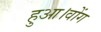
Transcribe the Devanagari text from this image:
हुआ।वोंग